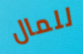
للمال